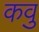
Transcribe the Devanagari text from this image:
कवु